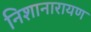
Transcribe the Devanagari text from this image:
निशानारायण